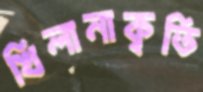
খিলানাকৃতি